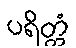
ပရိတ္တံ